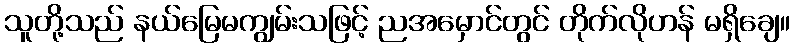
သူတို့သည် နယ်မြေမကျွမ်းသဖြင့် ညအမှောင်တွင် တိုက်လိုဟန် မရှိချေ။